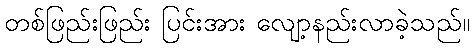
တစ်ဖြည်းဖြည်း ပြင်းအား လျော့နည်းလာခဲ့သည်။